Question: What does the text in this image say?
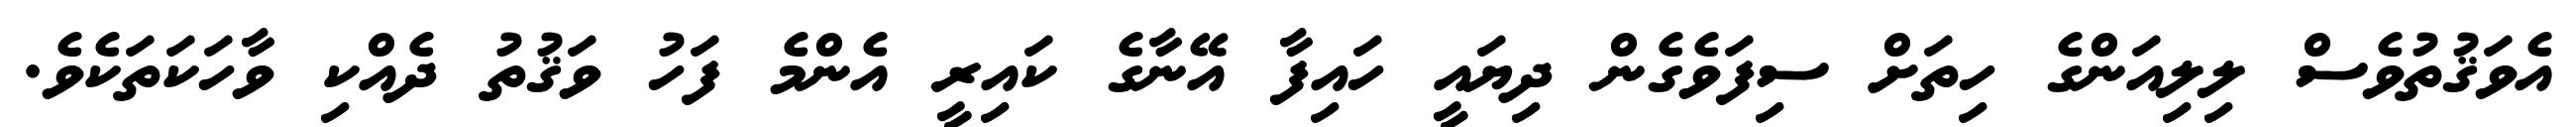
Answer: އެވަޤުތުވެސް ލިލިއަންގެ ހިތަށް ސިފަވެގެން ދިޔައީ ހައިފާ އޭނާގެ ކައިރީ އެންމެ ފަހު ވަޤުތު ދެއްކި ވާހަކަތަކެވެ.